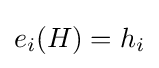
e_{i}(H)=h_{i}